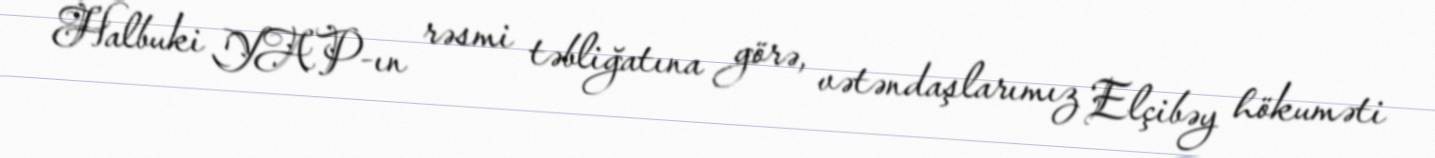
Halbuki YAP-ın rəsmi təbliğatına görə, vətəndaşlarımız Elçibəy hökuməti